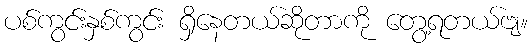
ပစ်ကွင်းနှစ်ကွင်း ရှိနေတယ်ဆိုတာကို တွေ့ရတယ်ဗျ။